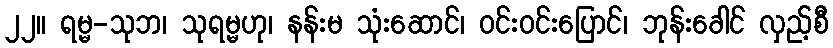
၂၂။ ရမ္မ-သုဘ၊ သုရမ္မဟု၊ နန်းမ သုံးဆောင်၊ ဝင်းဝင်းပြောင်၊ ဘုန်းခေါင် လှည့်စီ